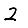
Digit: 2